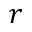
r